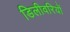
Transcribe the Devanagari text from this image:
डिलीवरियों